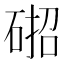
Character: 𮀢